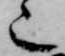
也